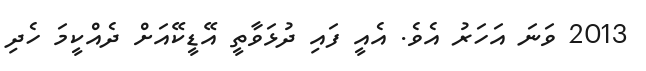
2013 ވަނަ އަހަރު އެވެ. އެއީ ފައި ދުޅަވާތީ އޭޑީކޭއަށް ދެއްކީމަ ހެދި